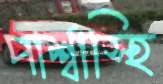
পার্শ্বাস্হি